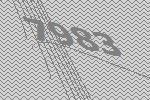
7983